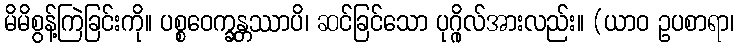
မိမိစွန့်ကြဲခြင်းကို။ ပစ္စဝေက္ခန္တဿာပိ၊ ဆင်ခြင်သော ပုဂ္ဂိုလ်အားလည်း။ (ယာဝ ဥပစာရာ၊